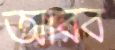
আরব